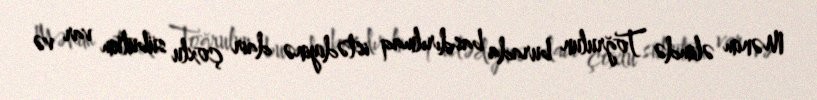
Mənim əlimdə Toğrulun burada basdırılmaq istədiyinə dair çoxlu sübutum var və